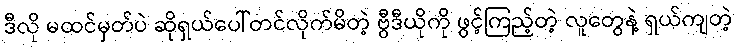
ဒီလို မထင်မှတ်ပဲ ဆိုရှယ်ပေါ်တင်လိုက်မိတဲ့ ဗွီဒီယိုကို ဖွင့်ကြည့်တဲ့ လူတွေနဲ့ ရှယ်ကျတဲ့